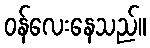
ဝန်လေးနေသည်။